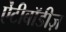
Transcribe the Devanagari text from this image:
ऐंटीबॉडीज़